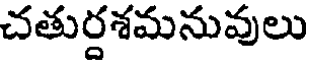
చతుర్దశమనువులు